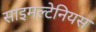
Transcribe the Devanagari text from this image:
साइमल्टेनियस